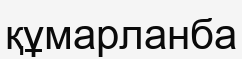
құмарланба